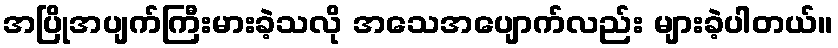
အပြိုအပျက်ကြီးမားခဲ့သလို အသေအပျောက်လည်း များခဲ့ပါတယ်။